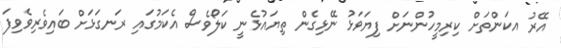
އޭރު އކަންތަށް ކިރިމީހުންނަށް ފިޔަވަޅު ނޭޅިގެން ތިޔައުޅެނީ ކަލޯވެސް އެކަމުގައި ރަނގަޅަށް ބައިވެރިވެވިފަ